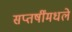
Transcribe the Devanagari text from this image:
सप्तर्षींमधले